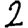
Digit: 2